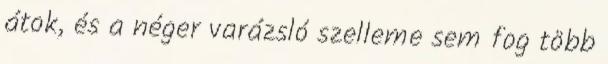
átok, és a néger varázsló szelleme sem fog több